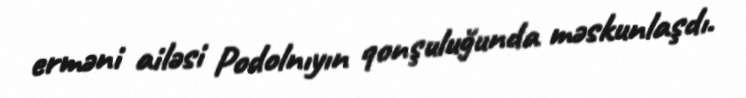
erməni ailəsi Podolnıyın qonşuluğunda məskunlaşdı.